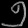
Digit: ၅